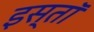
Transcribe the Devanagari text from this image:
इस्तॉ